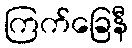
ကြက်ခြေနီ